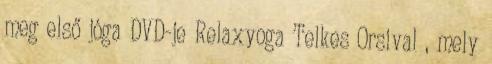
meg első jóga DVD-je Relaxyoga Telkes Orsival , mely